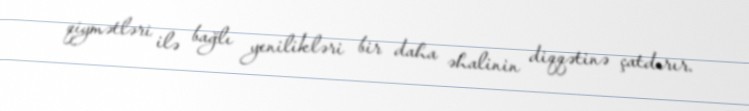
qiymətləri ilə bağlı yenilikləri bir daha əhalinin diqqətinə çatdırır.